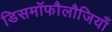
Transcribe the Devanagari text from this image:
डिसमॉफौलौजियाँ